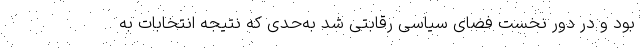
بود و در دور نخست فضای سیاسی رقابتی شد به‌حدی که نتیجه انتخابات به